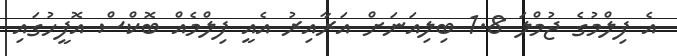
އެ ފިލްމުގެ ޖުމްލަ 1.8 ބިލިއަނަށް އަރާއިރު އެއީ ފިލްމެއް ބޮކްސް އޮފީހުގައި